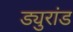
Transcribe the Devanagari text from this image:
ड्युरांड